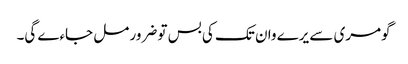
گومری سے یرے وان تک کی بس تو ضرور مل جاءے گی۔